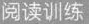
阅读训练